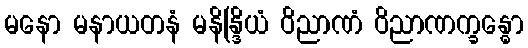
မနော မနာယတနံ မနိန္ဒြိယံ ဝိညာဏံ ဝိညာဏက္ခန္ဓော